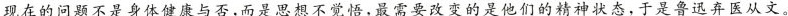
现在的问题不是身体健康与否,而是思想不觉悟,最需要改变的是他们的精神状态,于是鲁迅弃医从文。